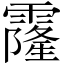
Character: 霳